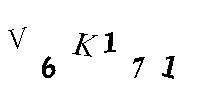
V6K171